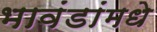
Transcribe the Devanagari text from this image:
भावंडांमधे